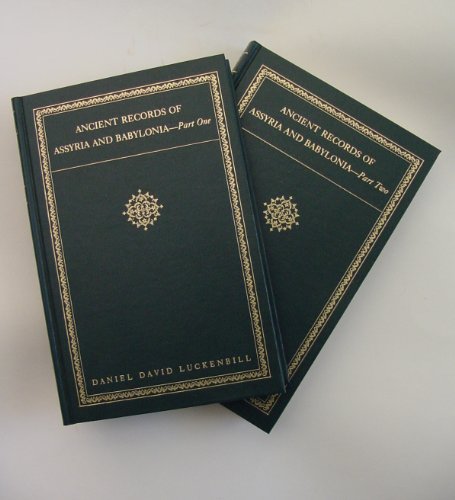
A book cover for Ancient Records of Assyria and Babylon; Daniel David Luckenbill; History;